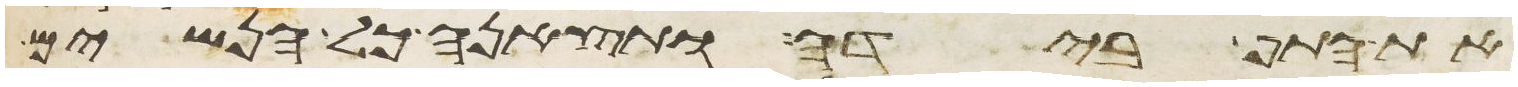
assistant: את התף בידה ותצאנה כל הנשים